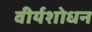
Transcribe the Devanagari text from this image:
वीर्यशोधन